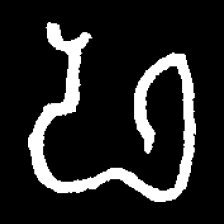
Pyu character \u2014 Myanmar letter: ဖ (romanized: pha)